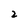
Character: 2